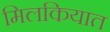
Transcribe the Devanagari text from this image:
मिलकियात